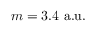
m = 3 . 4 ~ { \mathrm { a . u . } }